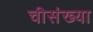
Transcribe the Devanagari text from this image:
चीसंख्या